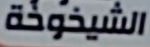
الشيخوخة